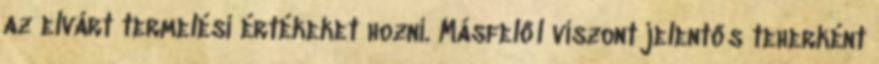
az elvárt termelési értékeket hozni. Másfelől viszont jelentős teherként